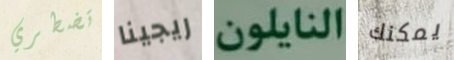
تضطري ريجينا النايلون يمكنك